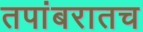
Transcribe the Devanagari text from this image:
तपांबरातच